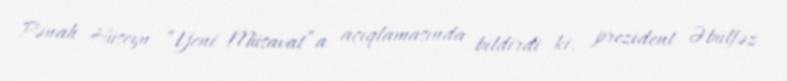
Pənah Hüseyn “Yeni Müsavat”a açıqlamasında bildirdi ki, prezident Əbülfəz